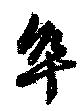
卒